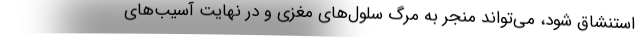
استنشاق شود، می‌تواند منجر به مرگ سلول‌های مغزی و در نهایت آسیب‌های